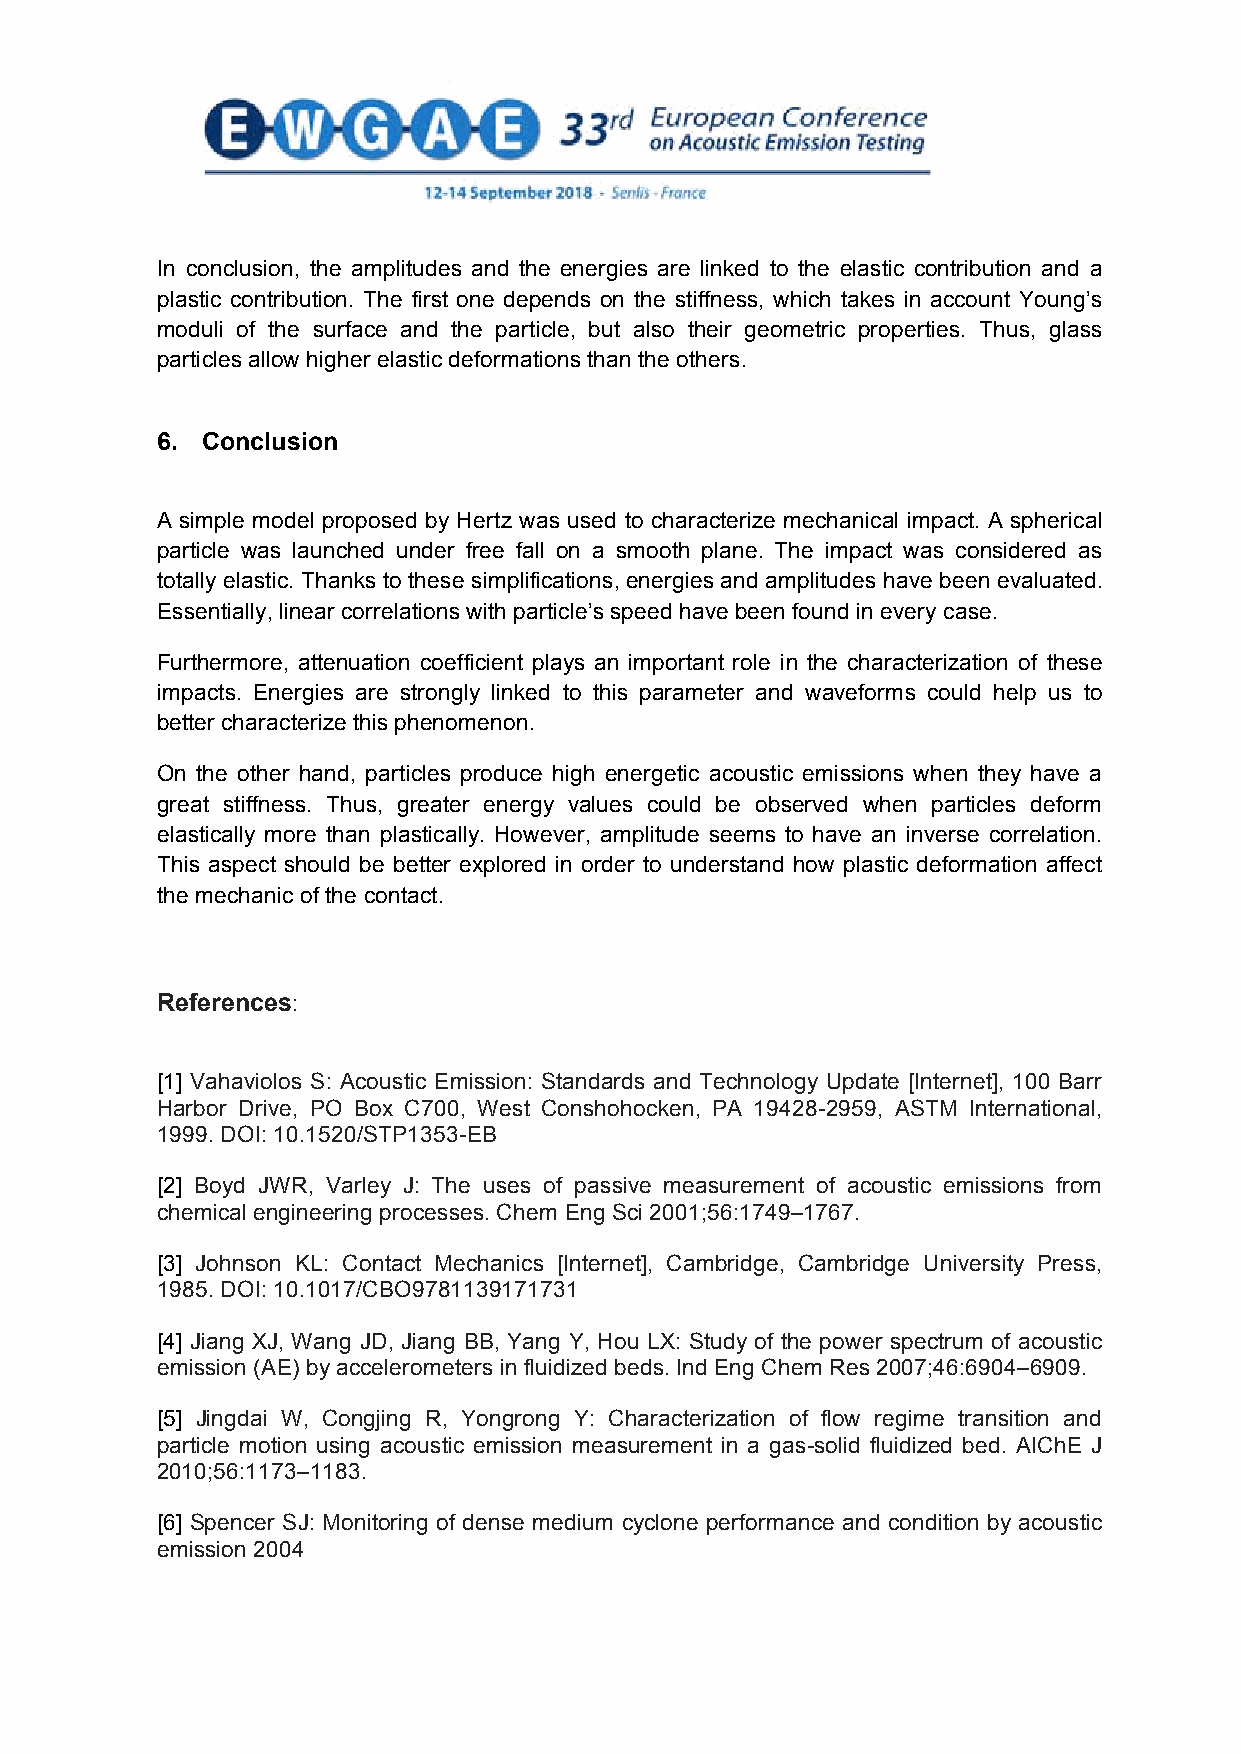
In conclusion, the amplitudes and the energies are linked to the elastic contribution and a
 plastic contribution. The first one depends on the stiffness, which takes in account Young’s
 moduli of the surface and the particle, but also their geometric properties. Thus, glass
 particles allow higher elastic deformations than the others.
 6. Conclusion
 A simple model proposed by Hertz was used to characterize mechanical impact. A spherical
 particle was launched under free fall on a smooth plane. The impact was considered as
 totally elastic. Thanks to these simplifications, energies and amplitudes have been evaluated.
 Essentially, linear correlations with particle’s speed have been found in every case.
 Furthermore, attenuation coefficient plays an important role in the characterization of these
 impacts. Energies are strongly linked to this parameter and waveforms could help us to
 better characterize this phenomenon.
 On the other hand, particles produce high energetic acoustic emissions when they have a
 great stiffness. Thus, greater energy values could be observed when particles deform
 elastically more than plastically. However, amplitude seems to have an inverse correlation.
 This aspect should be better explored in order to understand how plastic deformation affect
 the mechanic of the contact.
 References:
 [1] Vahaviolos S: Acoustic Emission: Standards and Technology Update [Internet], 100 Barr
 Harbor Drive, PO Box C700, West Conshohocken, PA 19428-2959, ASTM International,
 1999. DOI: 10.1520/STP1353-EB
 [2] Boyd JWR, Varley J: The uses of passive measurement of acoustic emissions from
 chemical engineering processes. Chem Eng Sci 2001;56:1749–1767.
 [3] Johnson KL: Contact Mechanics [Internet], Cambridge, Cambridge University Press,
 1985. DOI: 10.1017/CBO9781139171731
 [4] Jiang XJ, Wang JD, Jiang BB, Yang Y, Hou LX: Study of the power spectrum of acoustic
 emission (AE) by accelerometers in fluidized beds. Ind Eng Chem Res 2007;46:6904–6909.
 [5] Jingdai W, Congjing R, Yongrong Y: Characterization of flow regime transition and
 particle motion using acoustic emission measurement in a gas-solid fluidized bed. AIChE J
 2010;56:1173–1183.
 [6] Spencer SJ: Monitoring of dense medium cyclone performance and condition by acoustic
 emission 2004
 9